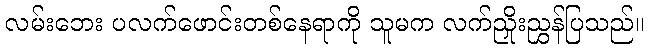
လမ်းဘေး ပလက်ဖောင်းတစ်နေရာကို သူမက လက်ညှိုးညွှန်ပြသည်။